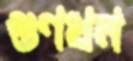
গুণধন